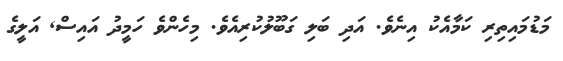
މަޑުމައިތިރި ކަމާއެކު އިނެވެ. އަދި ބަލި ގަބޫލުކުރިއެވެ. މިހެންވެ ހަމީދު އައިސް